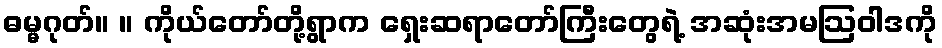
ဓမ္မဂုတ်။ ။ ကိုယ်တော်တို့ရွာက ရှေးဆရာတော်ကြီးတွေရဲ့ အဆုံးအမဩဝါဒကို